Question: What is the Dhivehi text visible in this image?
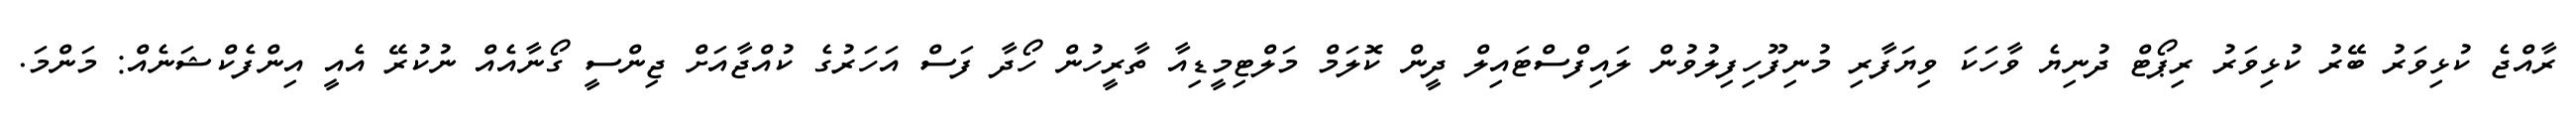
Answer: ރާއްޖެ ކުޅިވަރު ބޭރު ކުޅިވަރު ރިޕޯޓް ދުނިޔެ ވާހަކަ ވިޔަފާރި މުނިފޫހިފިލުވުން ލައިފްސްޓައިލް ދީން ކޮލަމް މަލްޓިމީޑިއާ ތާރީހުން ހޯދާ ފަސް އަހަރުގެ ކުއްޖާއަށް ޖިންސީ ގޯނާއެއް ނުކުރޭ އެއީ އިންފެކްޝަނެއް: މަންމަ.